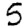
Digit: 5